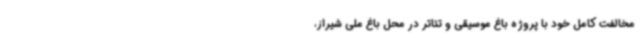
مخالفت کامل خود با پروژه باغ موسیقی و تئاتر در محل باغ ملی شیراز،